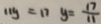
1 1 y = 1 7 y = \frac { 1 7 } { 1 1 }